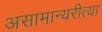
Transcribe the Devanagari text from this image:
असामान्यरीत्या